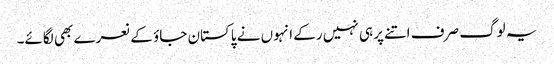
یہ لوگ صرف اتنے پر ہی نہیں رکے انہوں نے پاکستان جاؤ کے نعرے بھی لگائے۔